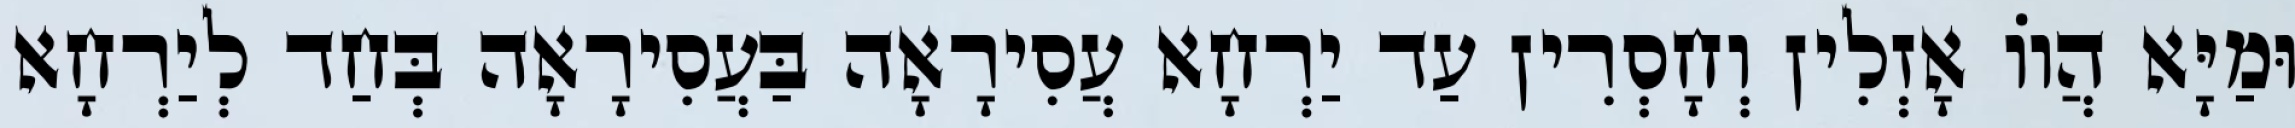
וּמַיָּא הֲווֹ אָזְלִין וְחָסְרִין עַד יַרְחָא עֲסִירָאָה בַּעֲסִירָאָה בְּחַד לְיַרְחָא